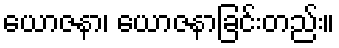
ယောဇနာ၊ ယောဇနာခြင်းတည်း။